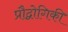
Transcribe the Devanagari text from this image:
प्रौद्वोगिकी